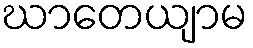
ဃာတေယျာမ